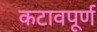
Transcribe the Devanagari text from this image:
कटावपूर्ण